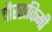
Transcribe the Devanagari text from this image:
चौरसकिमी